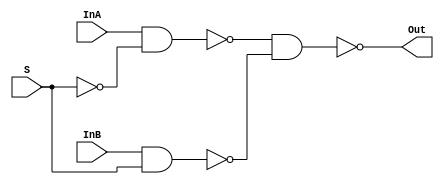
// Prayag Bhakar [bhakar@wisc.edu]
module mux2_1(InA, InB, S, Out);
  // --- Input and Outputs ---
  input InA, InB; // input data
  input S; // select line
  output Out;

  // --- wire ---
  wire notS, nandAS, nandBS;

  // --- Code ---
  assign notS = ~S;  

  assign nandAS = ~(InA & notS);
  assign nandBS = ~(InB & S);

  assign Out = ~(nandAS & nandBS);
endmodule